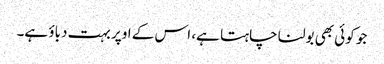
جو کوئی بھی بولنا چاہتا ہے، اس کے اوپر بہت دباؤ ہے۔